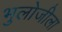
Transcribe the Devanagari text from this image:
भुलोजीला